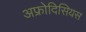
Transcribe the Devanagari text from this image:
अफ्रोदिसियस